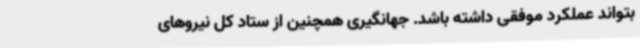
بتواند عملکرد موفقی داشته باشد. جهانگیری همچنین از ستاد کل نیروهای